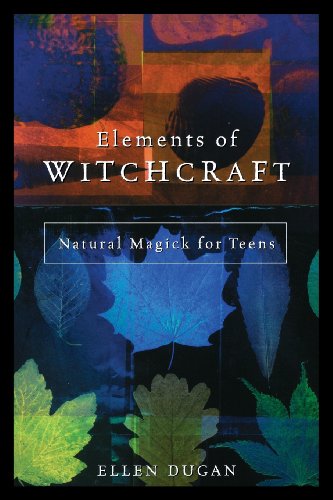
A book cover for Elements of Witchcraft: Natural Magick for Teens; Ellen Dugan; Teen & Young Adult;